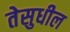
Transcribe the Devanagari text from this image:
तेसुधील